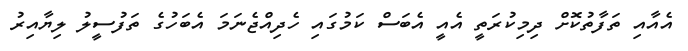
އެއާއި ތަފާތުކޮށް ދިމިކުރަތީ އެއީ އެބަސް ކަމުގައި ހެދިއްޖެނަމަ އެބަހުގެ ތަފުސީލު ލިޔާއިރު